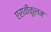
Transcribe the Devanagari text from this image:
एरावीकुलम